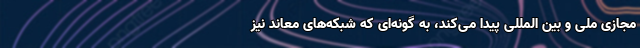
مجازی ملی و بین المللی پیدا می‌کند، به گونه‌ای که شبکه‌های معاند نیز